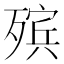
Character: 殡